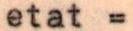
etat =